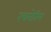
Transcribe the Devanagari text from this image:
रचनेतिल